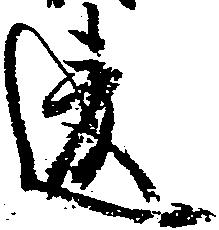
違